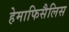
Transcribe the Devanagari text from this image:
हेमाफिसैलिस